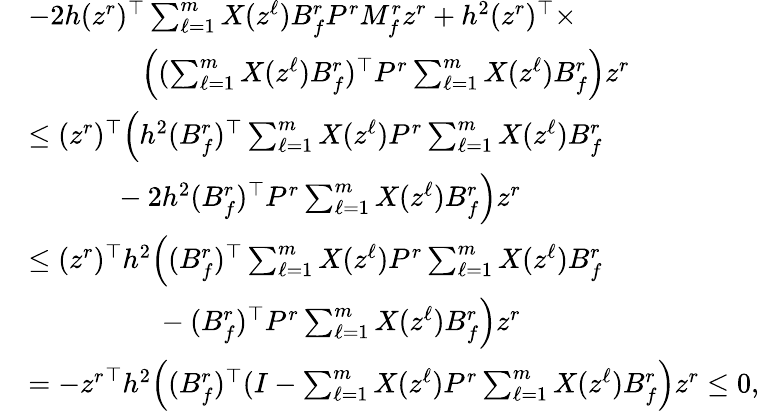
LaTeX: \begin{array}{rl}&{-2h(z^{r})^{\top}\textstyle\sum_{\ell=1}^{m}X(z^{\ell})B_{f}^{r}P^{r}M_{f}^{r}z^{r}+h^{2}(z^{r})^{\top}\times}\\ &{\qquad\qquad\Big((\textstyle\sum_{\ell=1}^{m}X(z^{\ell})B_{f}^{r})^{\top}P^{r}\textstyle\sum_{\ell=1}^{m}X(z^{\ell})B_{f}^{r}\Big)z^{r}}\\ &{\leq(z^{r})^{\top}\Big(h^{2}(B_{f}^{r})^{\top}\textstyle\sum_{\ell=1}^{m}X(z^{\ell})P^{r}\textstyle\sum_{\ell=1}^{m}X(z^{\ell})B_{f}^{r}}\\ &{~~~~~~~~~~~~-2h^{2}(B_{f}^{r})^{\top}P^{r}\textstyle\sum_{\ell=1}^{m}X(z^{\ell})B_{f}^{r}\Big)z^{r}}\\ &{\leq(z^{r})^{\top}h^{2}\Big((B_{f}^{r})^{\top}\textstyle\sum_{\ell=1}^{m}X(z^{\ell})P^{r}\textstyle\sum_{\ell=1}^{m}X(z^{\ell})B_{f}^{r}}\\ &{~~~~~~~~~~~~~~~~~~-(B_{f}^{r})^{\top}P^{r}\textstyle\sum_{\ell=1}^{m}X(z^{\ell})B_{f}^{r}\Big)z^{r}}\\ &{=-{z^{r}}^{\top}h^{2}\Big((B_{f}^{r})^{\top}(I-\textstyle\sum_{\ell=1}^{m}X(z^{\ell})P^{r}\textstyle\sum_{\ell=1}^{m}X(z^{\ell})B_{f}^{r}\Big)z^{r}\leq 0,}\end{array}